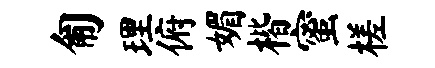
匍理俯媚楷蜜槎